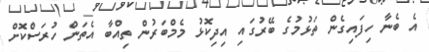
އެ ބެނާ ހިފައިގެން ތަޅުމުގެ ބޭރުގައި އިދިކޮޅު މެމްބަރުން ތިއްބާ އެތަން ހުރަސްކޮށް